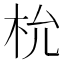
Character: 㭇